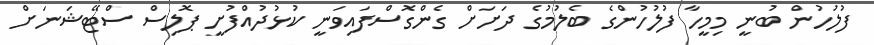
ފުލުހުން ބުނީ މިމީހާ ފުލުހުންގެ ބެލުމުގެ ދަށަށް ގެންގޮސްފައިވަނީ ކުޅުދުއްފުށީ ޕޮލިސް ސްޓޭޝަނަށް